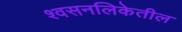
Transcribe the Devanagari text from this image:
श्वसनलिकेतील